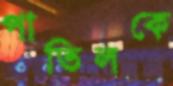
পাতিলকে